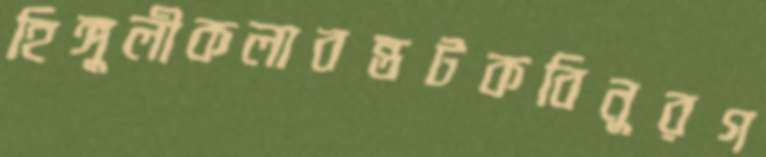
হিঙ্গুলীকলাবন্তটকবিনুরগ